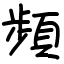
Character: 頻